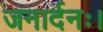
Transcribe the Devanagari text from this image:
जनार्दनः।